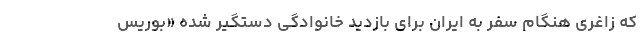
که زاغری هنگام سفر به ایران برای بازدید خانوادگی دستگیر شده «بوریس